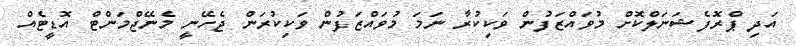
އަދި ޕްރޮފެޝަނަލްކޮށް މުވައްޒަފުން ވަކިކުރާ ނަމަ މުވައްޒަފުން ވަކިކުރަން ޖެހޭނީ މެނޭޖްމަންޓް އޮޑީޓެއް